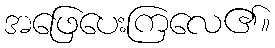
အဖြေပေးကြလေ၏။